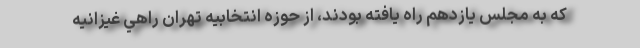
كه به مجلس يازدهم راه يافته بودند، از حوزه انتخابيه تهران راهي غيزانيه